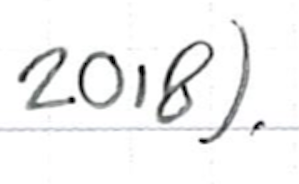
Text: 2018).
Cross-out: clean
Writing tool: ballpoint